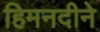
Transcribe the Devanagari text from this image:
हिमनदीने